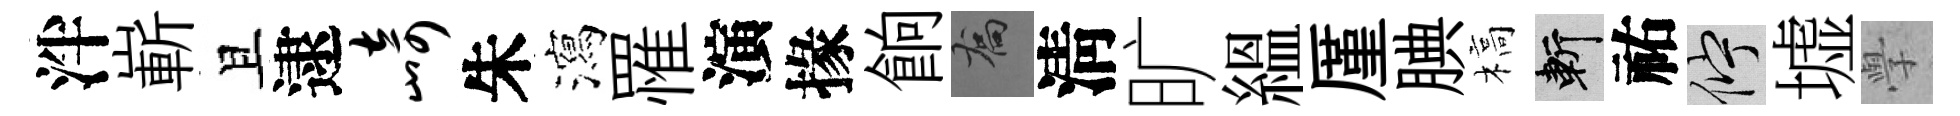
泮嶄且逮崎朱瀉罹演掾餉喬淸旷緼厪腆槁斬祐伫墟𭓕